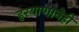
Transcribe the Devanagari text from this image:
हरयाणानेही